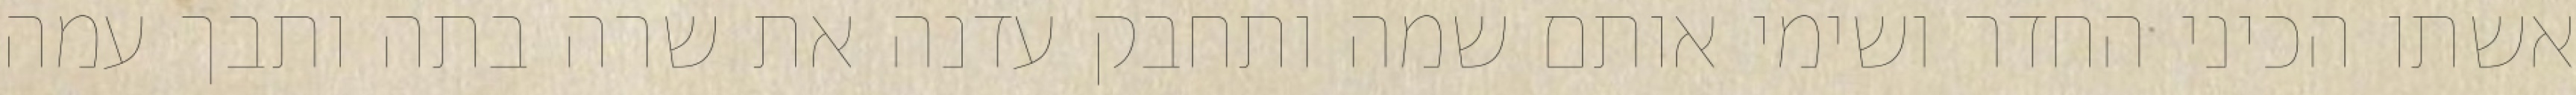
אשתו הכיני החדר ושימי אותם שמה ותחבק עדנה את שרה בתה ותבך עמה